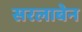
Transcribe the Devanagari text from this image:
सरलाबेन